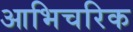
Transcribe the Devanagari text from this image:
आभिचरिक